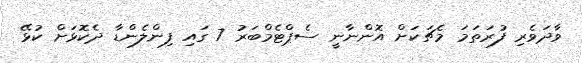
ވާދަވެރި ފުރަތަމަ މެޗަކަށް އޮންނާނީ ސެޕްޓެމްބަރު 7 ގައި ފިންލެންޑާ ދެކޮޅަށް ކުޅޭ